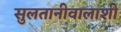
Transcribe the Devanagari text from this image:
सुलतानीवालाशी